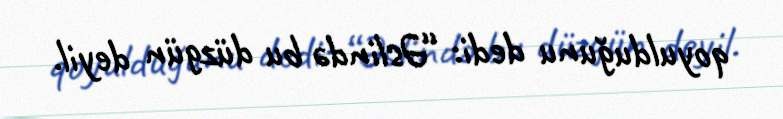
qoyulduğunu dedi: “Əslində bu düzgün deyil.